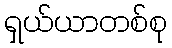
ရှယ်ယာတစ်စု